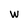
Character: w